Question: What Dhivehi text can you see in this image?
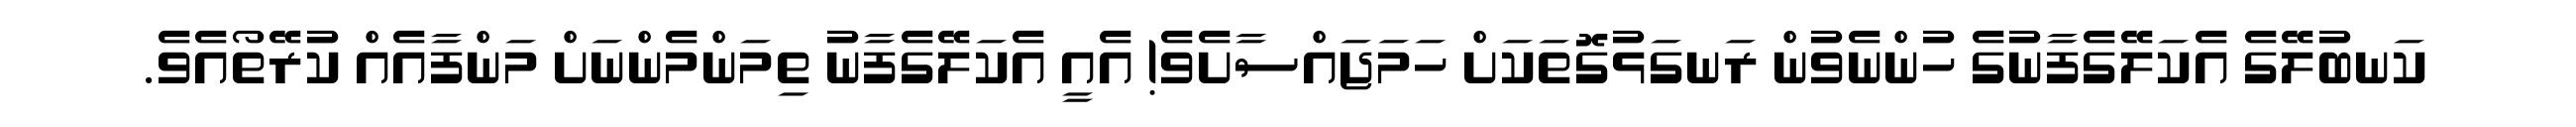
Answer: ކަނބުލޭގެ އެކަލޭގެފާނުގެ ހުންނެވުން ރަނގަޅުގޮތަކަށް ހަމަޖައްސާށެވެ! އެއީ އެކަލޭގެފާނު ތިމަންމެންނަށް މަންފާއެއް ކުރޭތޯއެވެ.